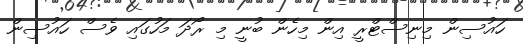
ހައުސިން މިނިސްޓްރީ އިން މިހެން ބުނީ މި ރޯދަ މަހުގައި ވެސް ހައުސިން